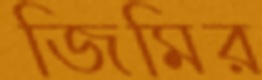
জিমির